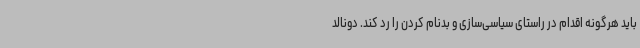
باید هرگونه اقدام در راستای سیاسی‌سازی و بدنام کردن را رد کند. دونالد